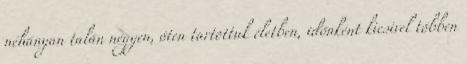
néhányan talán négyen, öten tartottuk életben, időnként kicsivel többen